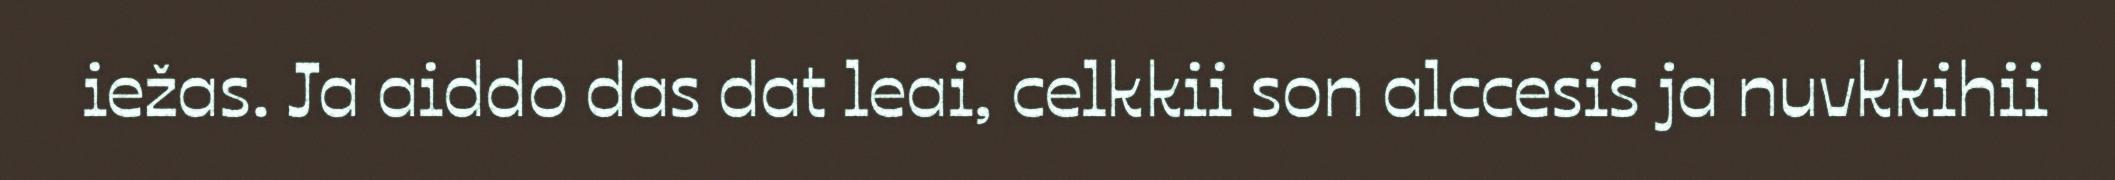
iežas. Ja aiddo das dat leai, celkkii son alccesis ja nuvkkihii